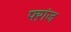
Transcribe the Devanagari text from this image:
फ्ऱांज